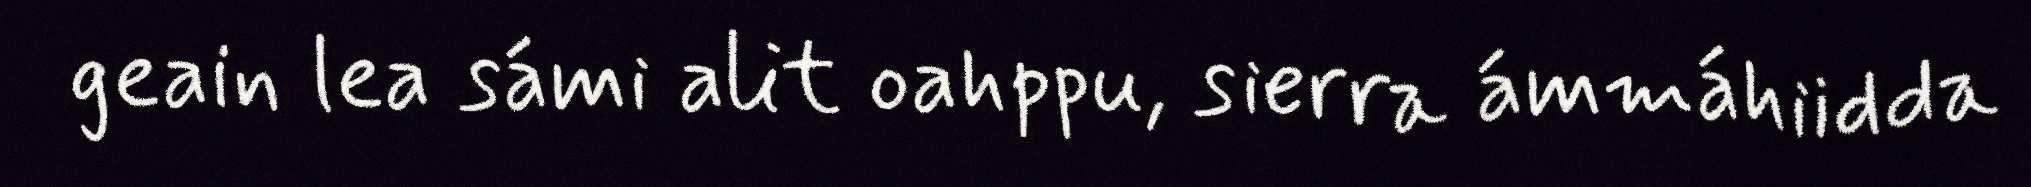
geain lea sámi alit oahppu, sierra ámmáhiidda